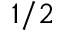
1 / 2